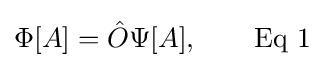
\Phi [A]={\hat {O}}\Psi [A],\qquad {\text{Eq 1}}